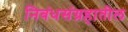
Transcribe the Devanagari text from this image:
निबंधसंग्रहातील